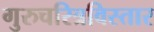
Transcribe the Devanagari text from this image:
गुरुचरित्रविस्तार